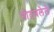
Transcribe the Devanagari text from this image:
गोठवलेले